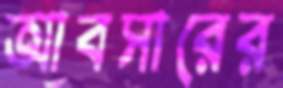
আবসারের